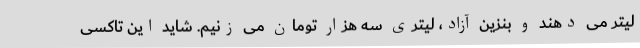
لیتر می دهند و بنزین آزاد، لیتری سه هزار تومان می زنیم. شاید این تاکسی